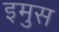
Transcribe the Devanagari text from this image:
इमुस